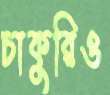
চাকুরিও